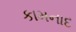
કામનાદ